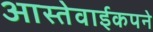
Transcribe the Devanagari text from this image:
आस्तेवाईकपने